Vaccination in Bombay 1863-1868 - 1863-1868
Year: 1863
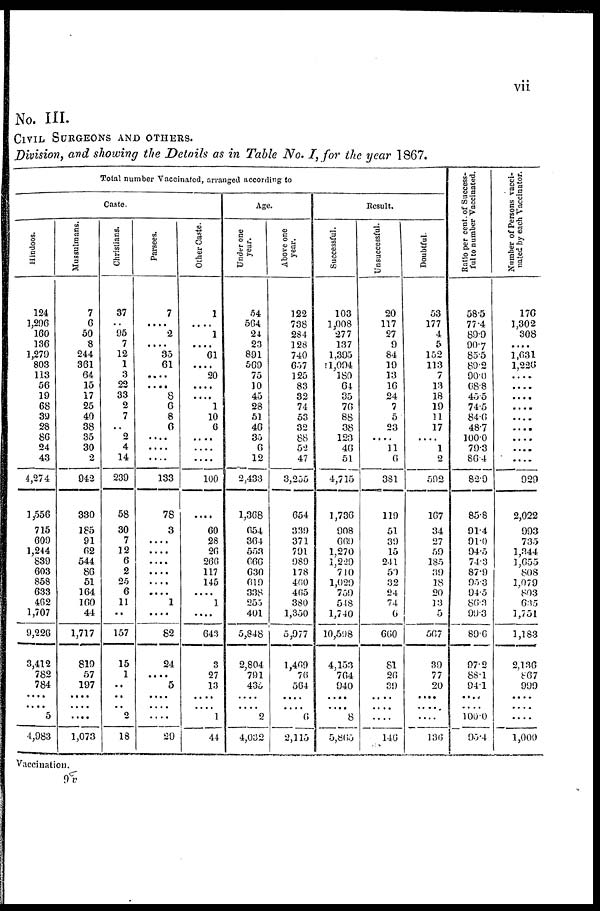
vii
No. III.
CIVIL SURGEONS AND OTHERS.
Division, and showing the Details as in Table No. I, for the year 1867.
Total number Vaccinated, arranged according to
Caste.
Hindoos.
124
1,296
160
136
1,279
803
113
56
19
68
39
28
86
24
43
4,274
1,556
715
609
1,244
839
603
858
633
462
1,707
9,226
3,412
782
784
....
....
5
4,983
Mussulmans.
7
6
50
8
244
361
64
15
17
25
40
38
35
30
2
942
330
185
91
62
544
86
51
164
160
44
1,717
819
57
197
....
....
....
1,073
Christians.
37
..
95
7
12
1
3
22
33
2
7
..
2
4
14
239
58
30
7
12
6
2
25
6
11
..
157
15
1
..
..
..
2
18
Parsees.
7
....
2
....
35
61
....
....
8
6
8
6
....
....
....
133
78
3
....
....
....
....
....
....
1
....
82
24
....
5
....
....
....
29
Other Caste.
1
....
1
....
61
....
20
....
....
1
10
6
....
....
....
100
....
60
28
26
260
117
145
....
1
....
643
3
27
13
....
....
1
44
Age.
Under one
year.
54
564
24
23
891
569
75
10
45
28
51
46
35
6
12
2,433
1,368
654
364
553
666
630
619
338
255
401
5,848
2,804
791
435
....
.... 2
4,032
Above one
year.
122
738
284
128
740
657
125
83
32
74
53
32
88
52
47
3,255
654
339
371
791
989
178
460
465
380
1,350
5,977
1,469
76
564
....
....
6
2,115
Result.
Successful.
103
1,008
277
137
1,395
1,094
180
64
35
70
88
38
123
46
51
4,715
1,736
908
669
1,270
1,229
710
1,029
759
548
1,740
10,598
4,153
764
940
....
....
8
5,865
Unsuccessful.
20
117
27
9
84
19
13
16
24
7
5
23
....
11
6
381
119
51
39
15
241
59
32
24
74
6
660
81
26
39
....
....
....
146
Doubtful.
53
177
4
5
152
113
7
13
18
19
11
17
....
1
2
592
167
34
27
59
185
39
18
20
13
5
567
39
77
20
....
.....
....
136
Ratio per cent. of Success-
ful to number Vaccinated.
58.5
77.4
89.9
90.7
85.5
89.2
90.0
68.8
45.5
74.5
84.6
48.7
100.0
79.3
86.4
82.9
85.8
91.4
91.0
94.5
74.3
87.9
95.3
94.5
86.3
99.3
89.6
97.2
88.1
94.1
....
....
100.0
95.4
Number of Persons vacci-
nated by each Vaccinator.
176
1,302
308
....
1,631
1,226
....
....
....
....
....
....
....
....
....
929
2,022
993
735
1,344
1,655
808
1,079
893
635
1,751
1,183
2,136
867
999
....
....
....
1,000
Vaccination.
9 v